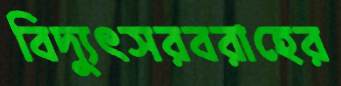
বিদ্যুৎসরবরাহের